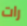
رات